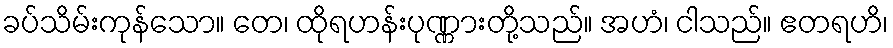
ခပ်သိမ်းကုန်သော။ တေ၊ ထိုရဟန်းပုဏ္ဏားတို့သည်။ အဟံ၊ ငါသည်။ ဧတရဟိ၊